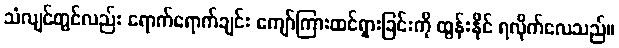
သံလျင်တွင်လည်း ရောက်ရောက်ချင်း ကျော်ကြားထင်ရှားခြင်းကို ထွန်းနိုင် ရလိုက်လေသည်။